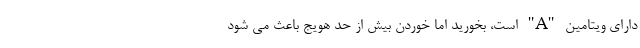
دارای ویتامین "A" است، بخورید اما خوردن بیش از حد هویج باعث می شود